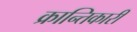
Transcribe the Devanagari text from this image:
क्रान्‍तिकारी